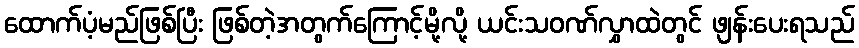
ထောက်ပံ့မည်ဖြစ်ပြီး ဖြစ်တဲ့အတွက်ကြောင့်မို့လို့ ယင်းသဝဏ်လွှာထဲတွင် ဖျန်းပေးရသည်